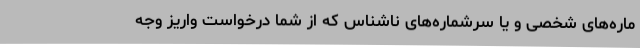
ماره‌های شخصی و یا سرشماره‌های ناشناس که از شما درخواست واریز وجه